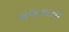
મલકાતા